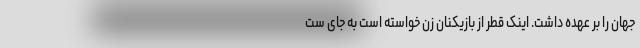
جهان را بر عهده داشت. اینک قطر از بازیکنان زن خواسته است به جای ست